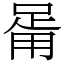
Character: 𤰉